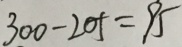
3 0 0 - 2 0 5 = 9 5